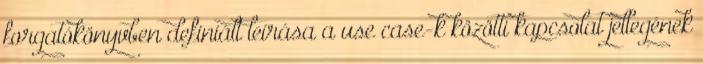
forgatókönyvben definiált leírása a use case-k közötti kapcsolat jellegének